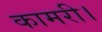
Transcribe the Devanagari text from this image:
कामरी।